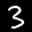
Label: 3